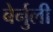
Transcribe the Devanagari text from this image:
बेर्नुली